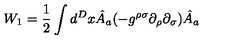
W _ { 1 } = \frac { 1 } { 2 } \int d ^ { D } x \hat { A } _ { a } ( - g ^ { \rho \sigma } \partial _ { \rho } \partial _ { \sigma } ) \hat { A } _ { a }